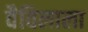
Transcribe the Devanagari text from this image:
वैविलाला